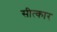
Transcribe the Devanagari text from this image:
सीत्कार